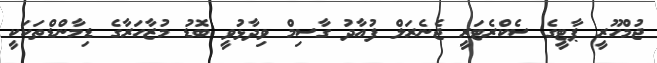
ޖުމްހޫރީ ޕާޓީގެ ސެކްރެޓަރީ ޖެނެރަލް ފުއާދު ގާސިމް ވިދާޅުވީ ބޮޑު މުޒާހަރާގެ ޑިމާންޑްތަކަކީ